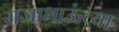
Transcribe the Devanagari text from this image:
राजाभाऊंच्या